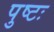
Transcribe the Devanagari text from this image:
पुष्टः